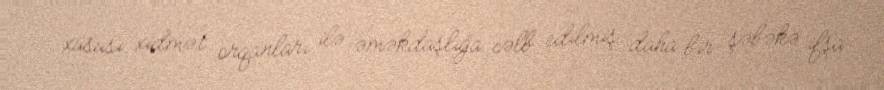
xüsusi xidmət orqanları ilə əməkdaşlığa cəlb edilmiş daha bir şəbəkə ifşa